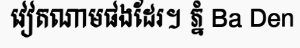
វៀតណាមផងដែរ។ ភ្នំ Ba Den